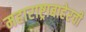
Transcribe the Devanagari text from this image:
महाराष्ट्राबाहेरची